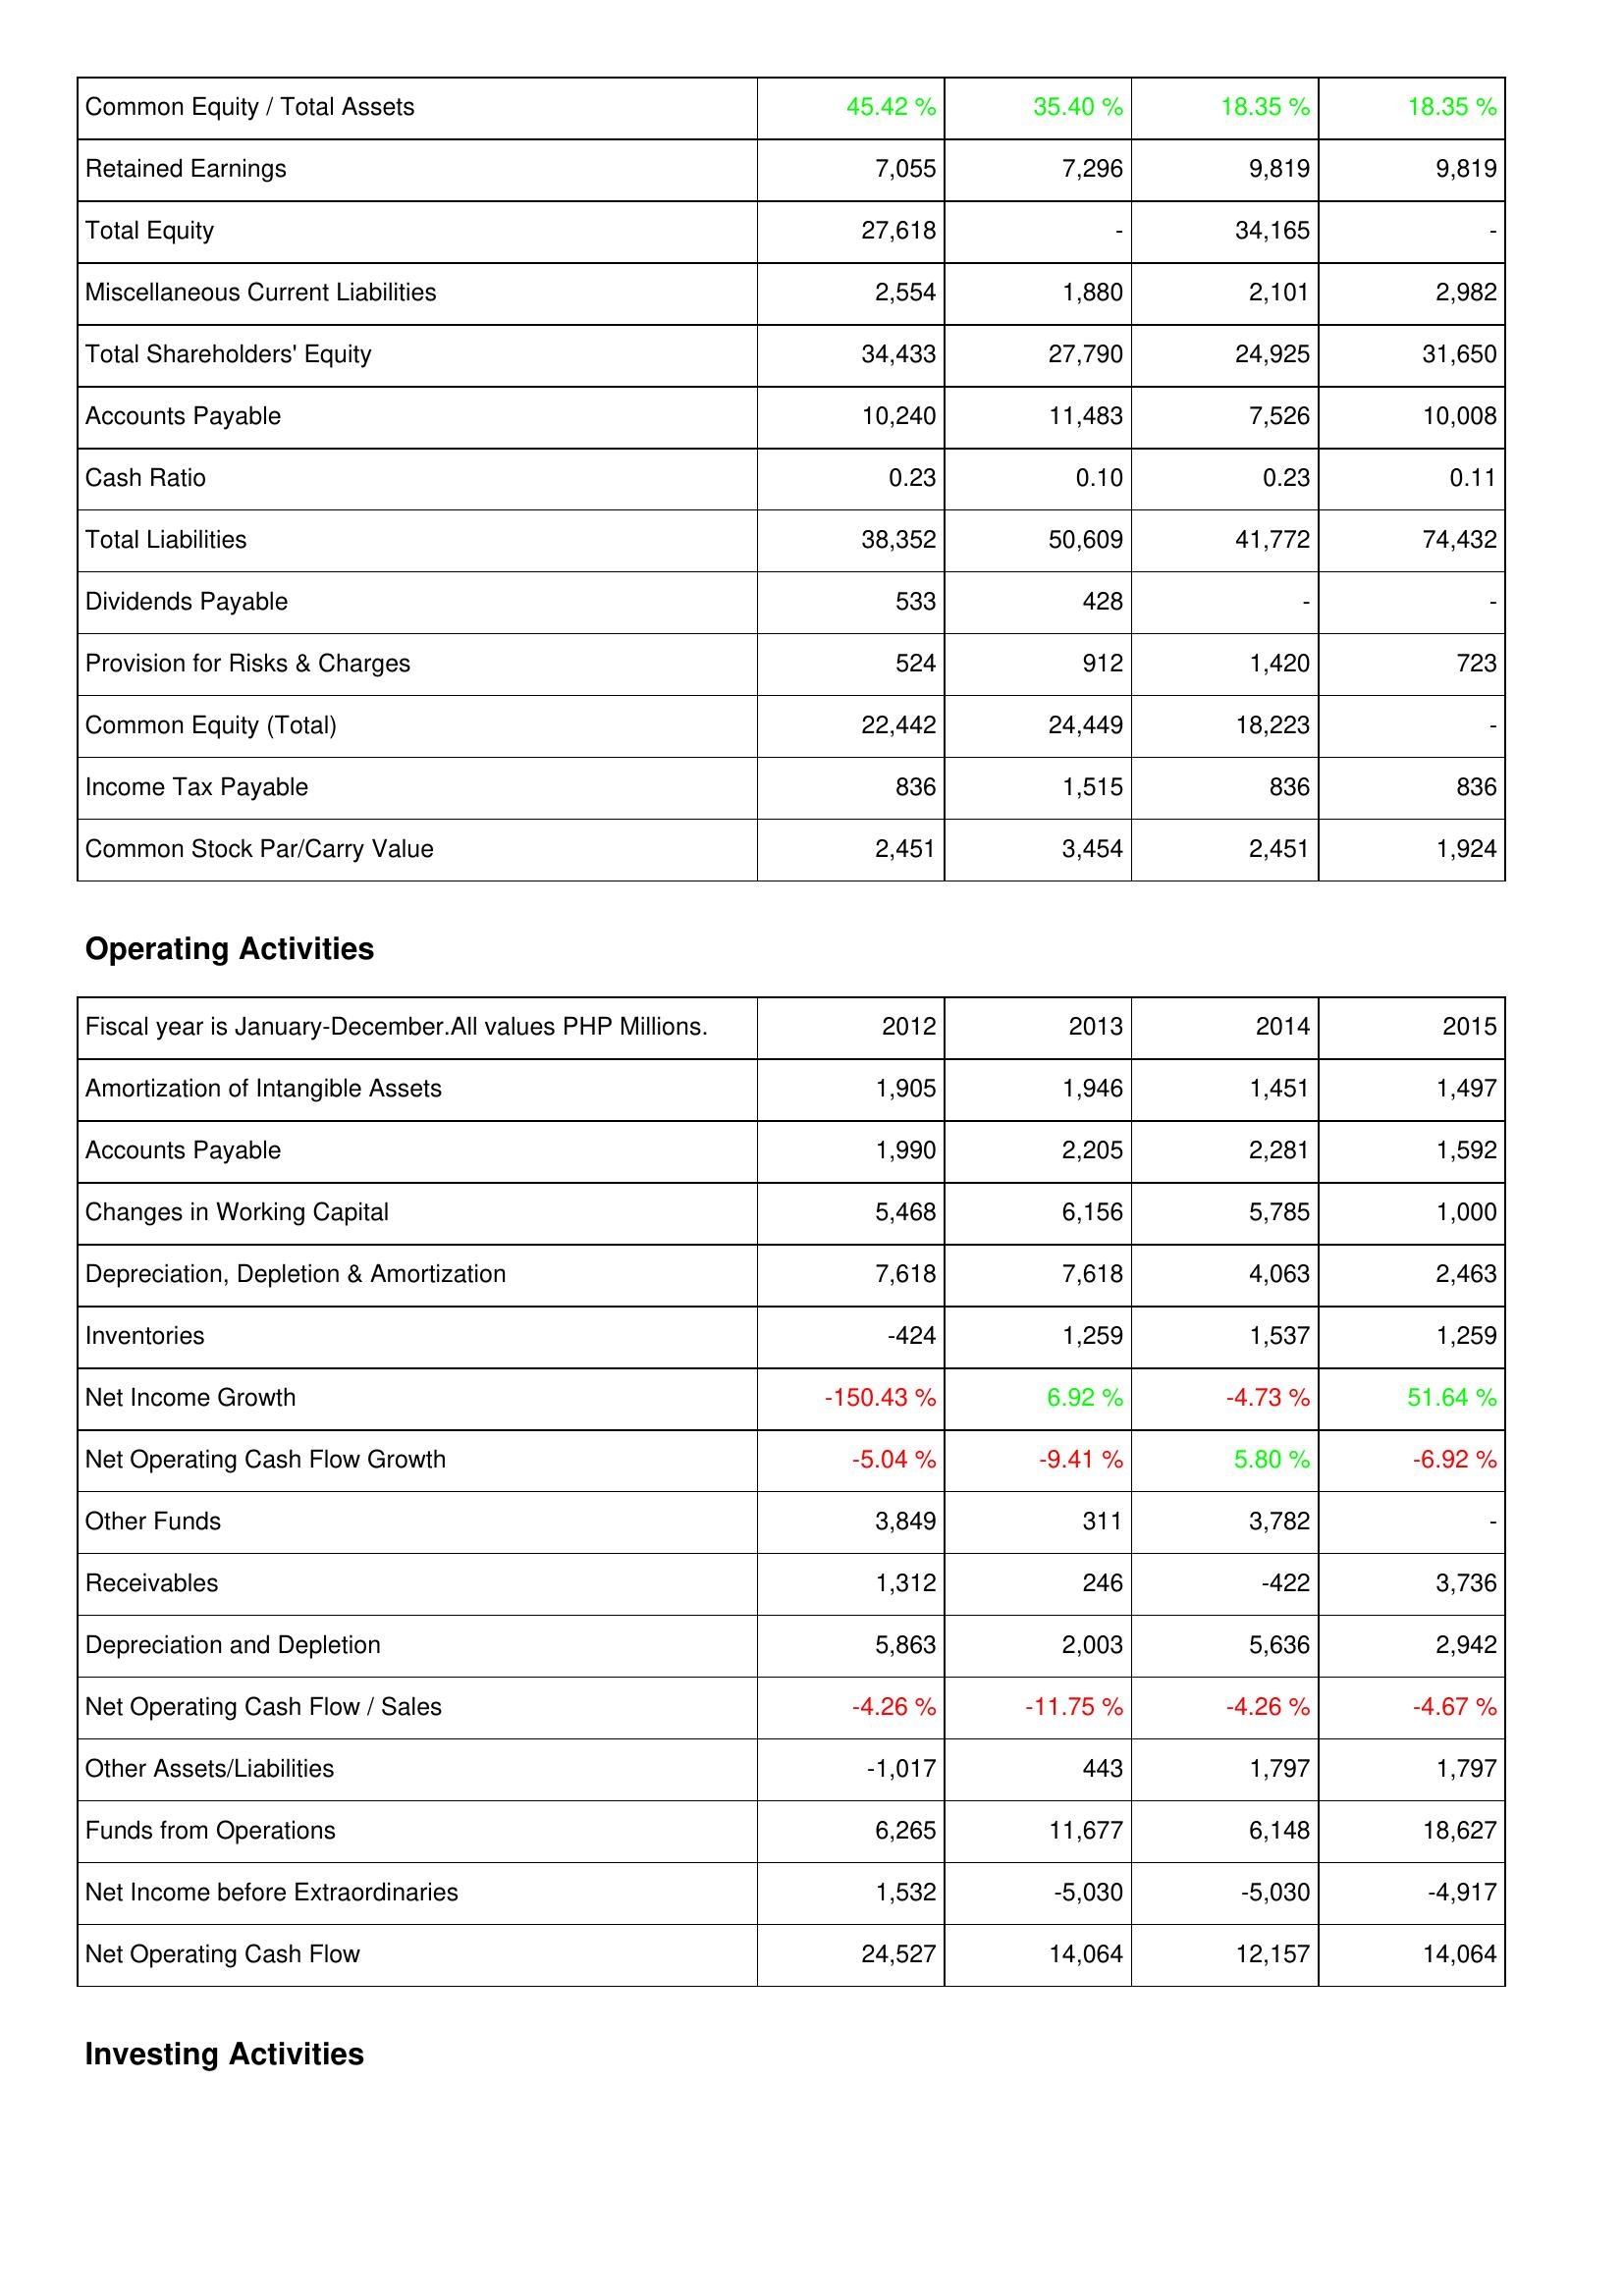
2012: Liabilities & Shareholders' Equity: Common Equity / Total Assets: 45.42 %
Retained Earnings: 7,055
Total Equity: 27,618
Miscellaneous Current Liabilities: 2,554
Total Shareholders' Equity: 34,433
Accounts Payable: 10,240
Cash Ratio: 0.23
Total Liabilities: 38,352
Dividends Payable: 533
Provision for Risks & Charges: 524
Common Equity (Total): 22,442
Income Tax Payable: 836
Common Stock Par/Carry Value: 2,451
Operating Activities: Amortization of Intangible Assets: 1,905
Accounts Payable: 1,990
Changes in Working Capital: 5,468
Depreciation, Depletion & Amortization: 7,618
Inventories: -424
Net Income Growth: -150.43 %
Net Operating Cash Flow Growth: -5.04 %
Other Funds: 3,849
Receivables: 1,312
Depreciation and Depletion: 5,863
Net Operating Cash Flow / Sales: -4.26 %
Other Assets/Liabilities: -1,017
Funds from Operations: 6,265
Net Income before Extraordinaries: 1,532
Net Operating Cash Flow: 24,527
2013: Liabilities & Shareholders' Equity: Common Equity / Total Assets: 35.40 %
Retained Earnings: 7,296
Total Equity: -
Miscellaneous Current Liabilities: 1,880
Total Shareholders' Equity: 27,790
Accounts Payable: 11,483
Cash Ratio: 0.10
Total Liabilities: 50,609
Dividends Payable: 428
Provision for Risks & Charges: 912
Common Equity (Total): 24,449
Income Tax Payable: 1,515
Common Stock Par/Carry Value: 3,454
Operating Activities: Amortization of Intangible Assets: 1,946
Accounts Payable: 2,205
Changes in Working Capital: 6,156
Depreciation, Depletion & Amortization: 7,618
Inventories: 1,259
Net Income Growth: 6.92 %
Net Operating Cash Flow Growth: -9.41 %
Other Funds: 311
Receivables: 246
Depreciation and Depletion: 2,003
Net Operating Cash Flow / Sales: -11.75 %
Other Assets/Liabilities: 443
Funds from Operations: 11,677
Net Income before Extraordinaries: -5,030
Net Operating Cash Flow: 14,064
2014: Liabilities & Shareholders' Equity: Common Equity / Total Assets: 18.35 %
Retained Earnings: 9,819
Total Equity: 34,165
Miscellaneous Current Liabilities: 2,101
Total Shareholders' Equity: 24,925
Accounts Payable: 7,526
Cash Ratio: 0.23
Total Liabilities: 41,772
Dividends Payable: -
Provision for Risks & Charges: 1,420
Common Equity (Total): 18,223
Income Tax Payable: 836
Common Stock Par/Carry Value: 2,451
Operating Activities: Amortization of Intangible Assets: 1,451
Accounts Payable: 2,281
Changes in Working Capital: 5,785
Depreciation, Depletion & Amortization: 4,063
Inventories: 1,537
Net Income Growth: -4.73 %
Net Operating Cash Flow Growth: 5.80 %
Other Funds: 3,782
Receivables: -422
Depreciation and Depletion: 5,636
Net Operating Cash Flow / Sales: -4.26 %
Other Assets/Liabilities: 1,797
Funds from Operations: 6,148
Net Income before Extraordinaries: -5,030
Net Operating Cash Flow: 12,157
2015: Liabilities & Shareholders' Equity: Common Equity / Total Assets: 18.35 %
Retained Earnings: 9,819
Total Equity: -
Miscellaneous Current Liabilities: 2,982
Total Shareholders' Equity: 31,650
Accounts Payable: 10,008
Cash Ratio: 0.11
Total Liabilities: 74,432
Dividends Payable: -
Provision for Risks & Charges: 723
Common Equity (Total): -
Income Tax Payable: 836
Common Stock Par/Carry Value: 1,924
Operating Activities: Amortization of Intangible Assets: 1,497
Accounts Payable: 1,592
Changes in Working Capital: 1,000
Depreciation, Depletion & Amortization: 2,463
Inventories: 1,259
Net Income Growth: 51.64 %
Net Operating Cash Flow Growth: -6.92 %
Other Funds: -
Receivables: 3,736
Depreciation and Depletion: 2,942
Net Operating Cash Flow / Sales: -4.67 %
Other Assets/Liabilities: 1,797
Funds from Operations: 18,627
Net Income before Extraordinaries: -4,917
Net Operating Cash Flow: 14,064